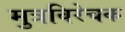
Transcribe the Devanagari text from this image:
मुत्रविरेचक